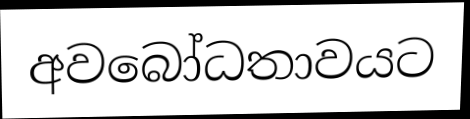
අවබෝධතාවයට